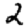
Digit: 2